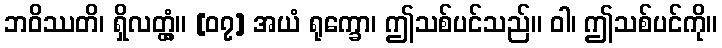
ဘဝိဿတိ၊ ရှိလတ္တံ့။ [၀၇] အယံ ရုက္ခော၊ ဤသစ်ပင်သည်။ ဝါ၊ ဤသစ်ပင်ကို။